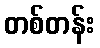
တစ်တန်း